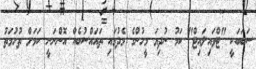
ސަބަބަކީ "ޓްވައިލައިޓް" ކަމު ނުދިޔަ މީހުންގެ މެދުގައި ތައައްސުބެއް އޮންނަނީ ކަމަށް ތުހުމަތު